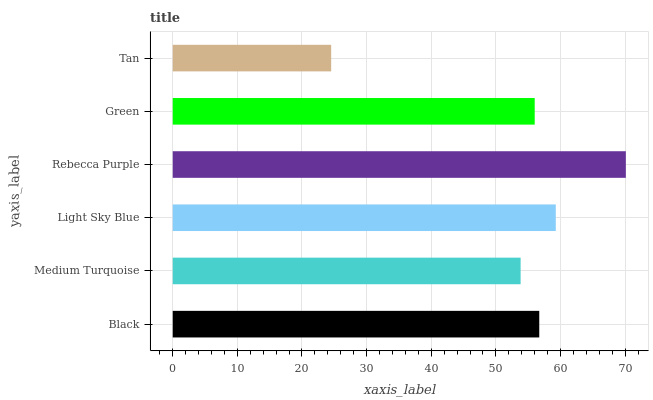
| yaxis_label | bars |
 | --- | --- |
 | Black | 56.7 |
 | Medium Turquoise | 53.8 |
 | Light Sky Blue | 59.3 |
 | Rebecca Purple | 70.1 |
 | Green | 56 |
 | Tan | 24.5 |